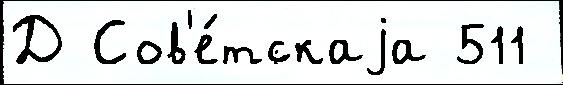
Д Сов'е́тскаjа 511